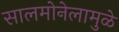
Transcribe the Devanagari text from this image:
सालमोनेलामुळे